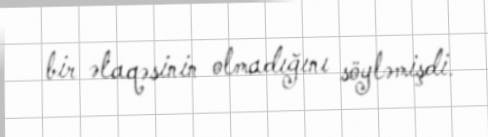
bir əlaqəsinin olmadığını söyləmişdi.